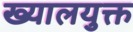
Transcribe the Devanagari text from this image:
ख्यालयुक्त